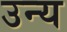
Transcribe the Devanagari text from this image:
उन्य